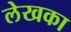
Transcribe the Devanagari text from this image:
लेखका